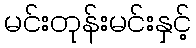
မင်းတုန်းမင်းနှင့်